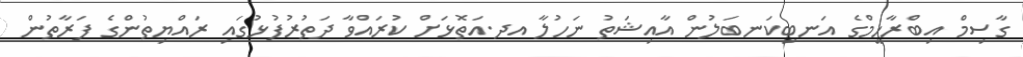
ގާސިމް އިބްރާހީމްގެ އަނބިކަނބަލުން އާއިޝަތު ނަހުލާ އދ.އަތޮޅަށް ކުރައްވާ ދަތުރުފުޅުގައި ރައްޔިތުންގެ ފަރާތުން